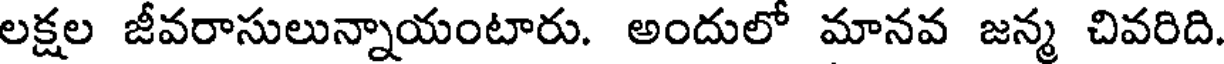
లక్షల జీవరాసులున్నాయంటారు. అందులో మానవ జన్మ చివరిది.